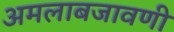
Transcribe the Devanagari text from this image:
अमलाबजावणी